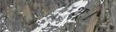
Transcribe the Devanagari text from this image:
भूः।